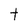
Character: t